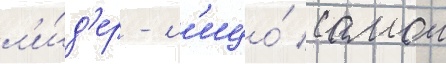
л'и́д'ер - л'ицо́ самои